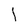
Character: l